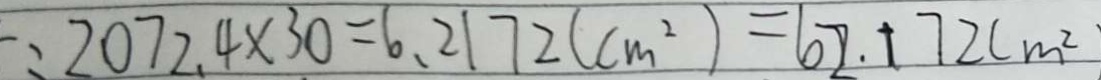
: 2 0 7 2 . 4 \times 3 0 = 6 . 2 1 7 2 ( c m ^ { 2 } ) = 6 2 . 1 7 2 ( m ^ { 2 } )